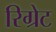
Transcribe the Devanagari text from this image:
रिग्रेट